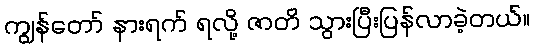
ကျွန်တော် နားရက် ရလို့ ဇာတိ သွားပြီးပြန်လာခဲ့တယ်။